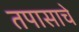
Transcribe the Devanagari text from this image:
तपासाचे